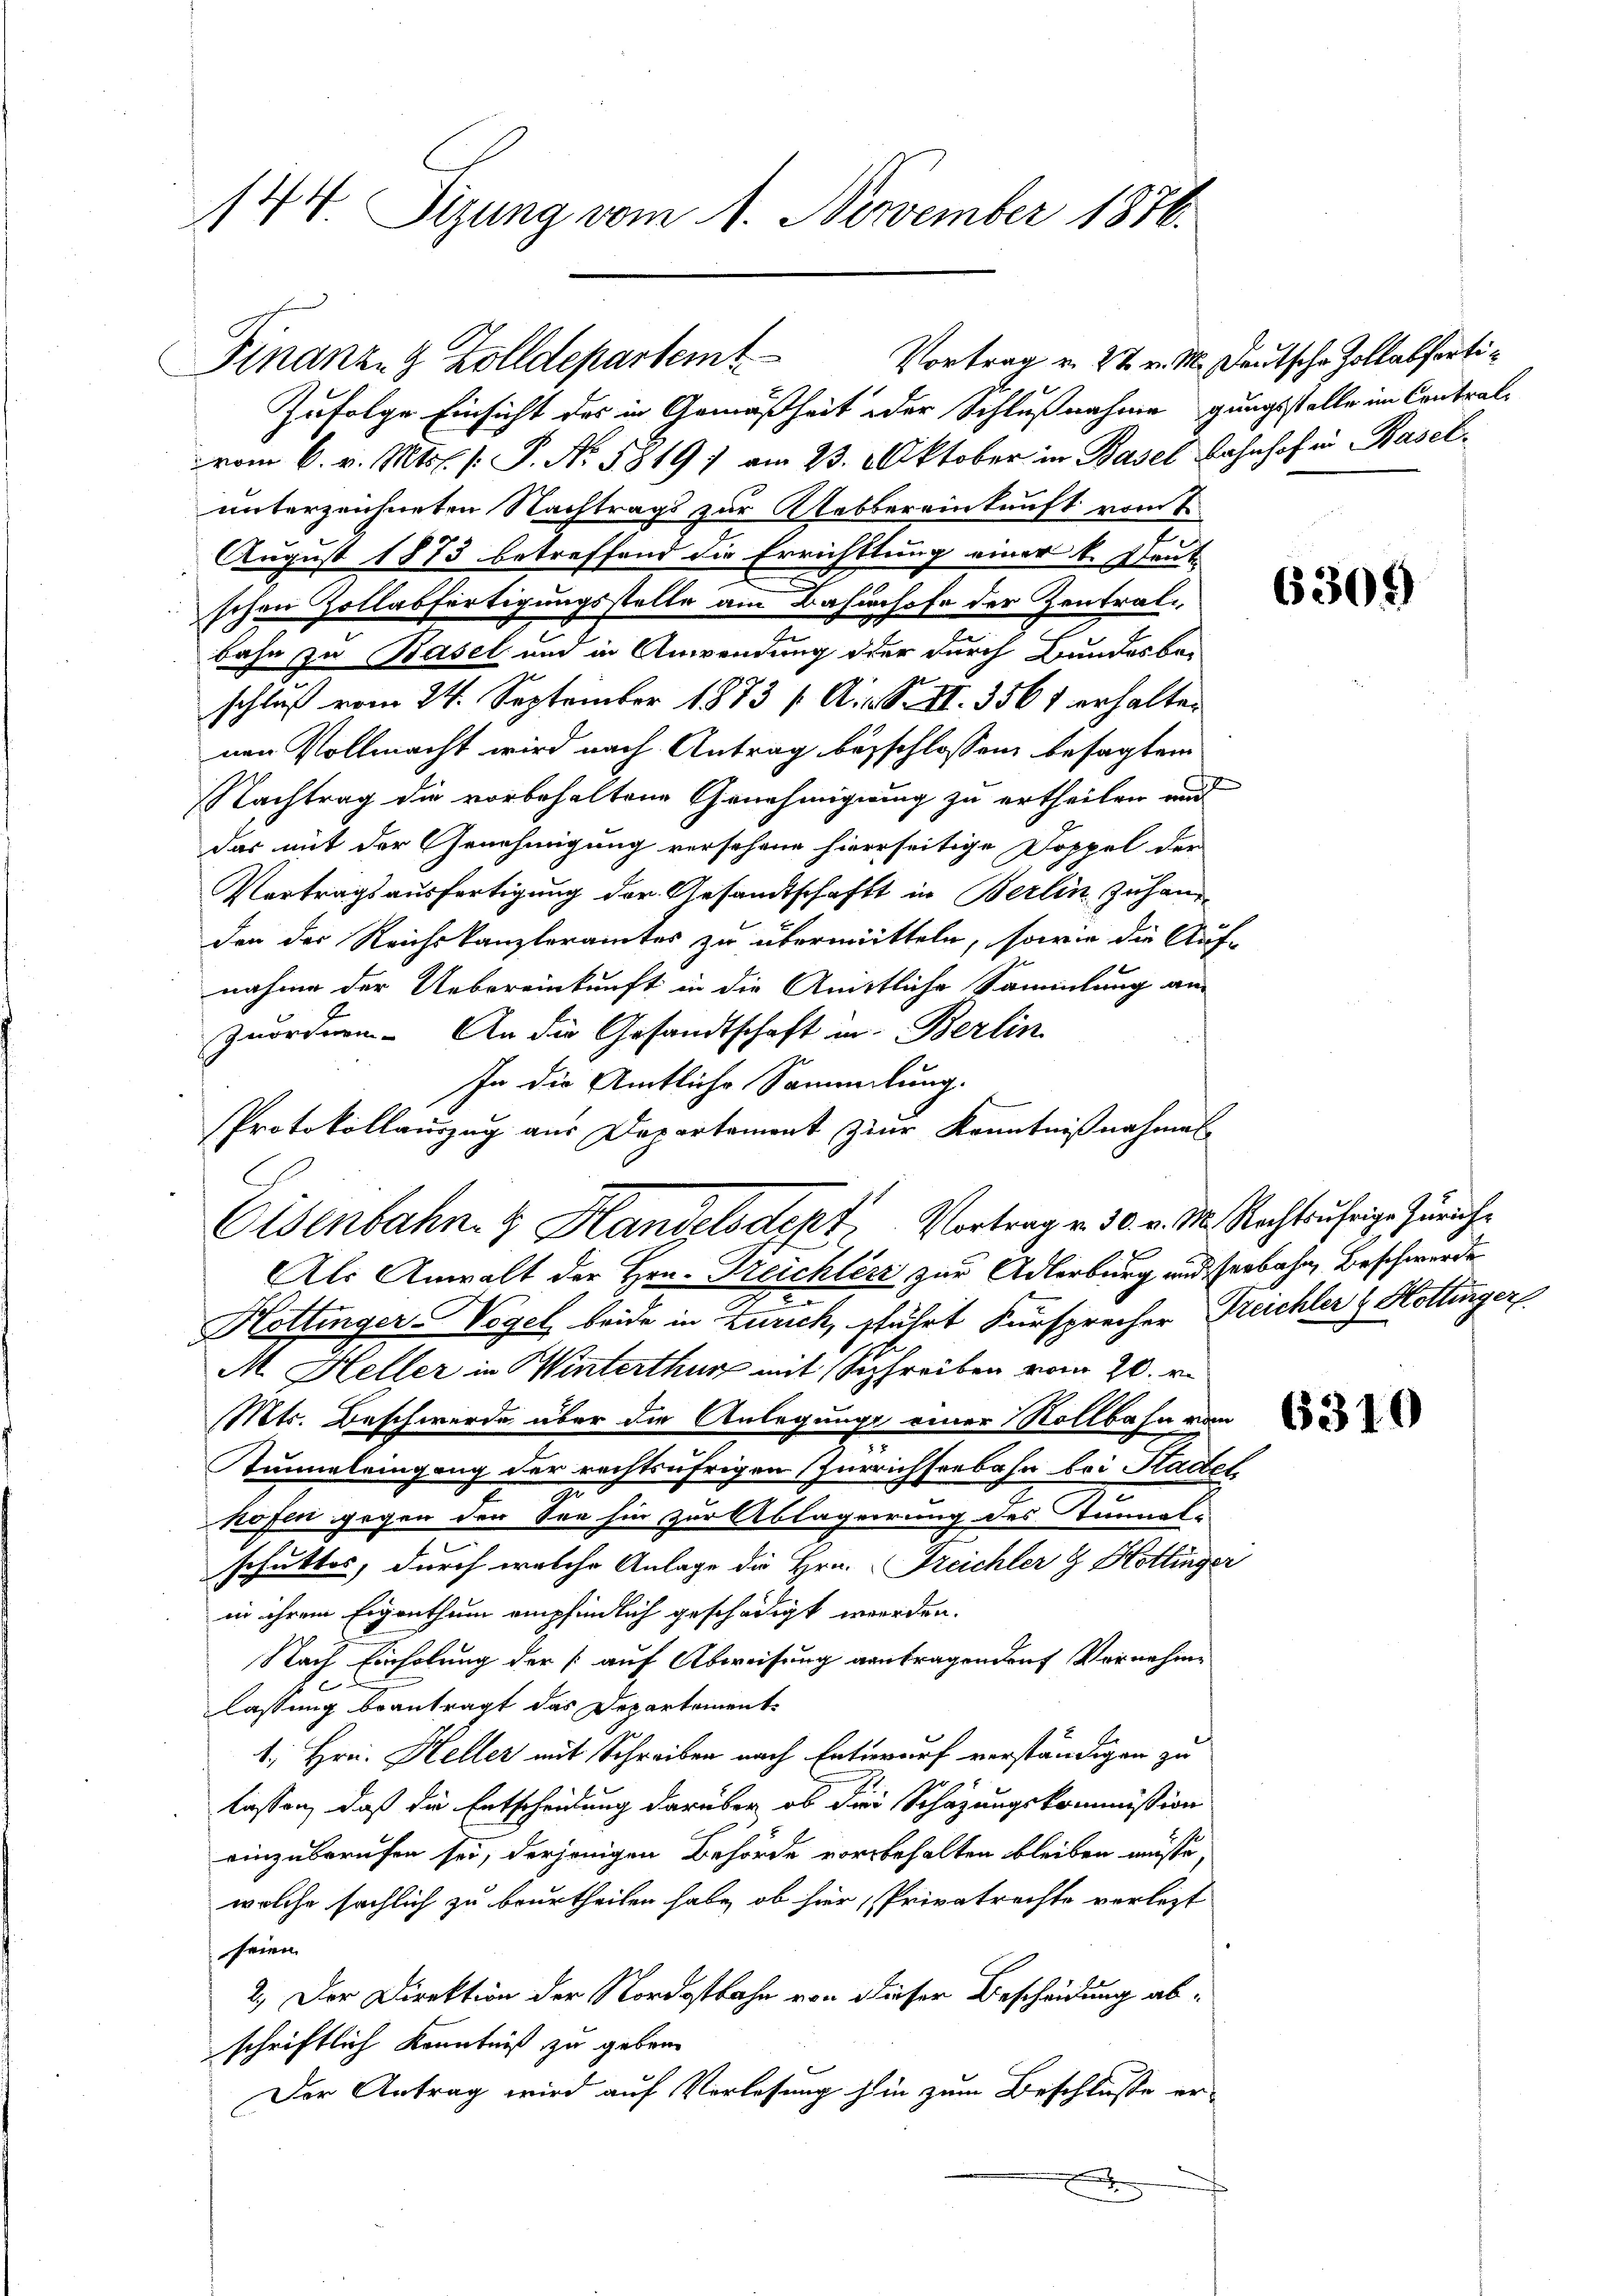
144. Sitzung vom 1. November 1876.

Zufolge Einsicht des in Gemäßheit oder Schlußnahme gangsstelle im Contralvom 6. v. Mts. [ P. Nr. 5819) am 23. Oktober in Basel Bahnhof in Baselunterzeichneten Nachtrags zur Uebbereinkunft vom 1
August 1873 betreffend die Errichttung einer k. Heut
schen Zollabfertigungsstelle am Bahnhofe der Zentrale
bahn zu Basel und in Anwendung der durch Bundesbe-
schluß vom 24. September 1873 [Ai. S. II. 3561 erhalten
nen Vollmacht wird nach Antrag besschlossen besagtem
Nachtrag die vorbehaltene Genehmigung zu ertheilen und
das mit der Genehmigung versehene hierseitige Doppel der
Vortragsausfertigung der Gesandtschaft in Berlin zuhanden der Reichskanzleramtes zu übermitteln, sowie die Auf-
nahme der Uebereinkunft in die Anittliche Sammlung an-
zuordnen. An die Gesandtschaft in Berlin
In die Amtliche Sammlung.
Protokollauszug aus Departement zur Kenntnißnahmen
Als Anwalt der Hrn. Treichler zur Adlerburg und serbahn, Beschwerde
Hottinger-Vogel beide in Zürich, sführt Fürsprecher Treichler & Hottürger
M. Heller in Winterthur mit Schreiben vom 20. v.
Mts. Beschwerde über die Anlegunge einer Rollbahn vom
Tunnelringung der rechtsufrigen Zürichseebahn bei Stadel
u
hofen gegen den See hin zur Ablagerung des Tunnal-
schutter, durch welche Anlage die Hrn. Freichler & Hottinger
in ihrem Eigenthum empfindlich geschädigt werden.
Nach Einholung der [auf Abweisung antragenden Vornehme
lassung beantragt das Departement¬
1., Hrn. Heller mit Schreiben nach Entwurf verständigen zu
lassen, daß die Entscheidung darüber ob die Schazungskommission
einzuberufen sei, derjenigen Behörde vorbehalten bleiben müsse,
welche sächlich zu beurtheilen habe, ob hier, Privatrechte verlezt
seinen
2.) Der Direktion der Nordostbahn von dieser Bescheidung abschriftlich Kenntniß zu geben.
Der Antrag wird auf Vorlesung hin zum Beschlüsse er-
x

Finanze Zolldepartem Vortrag v. 27. v. M. Deutsche Zollabferti¬

Eisenbahn- & Handelsdept Vortrag v. 30. v. M. Rechtsufrige Zürich¬

6309